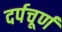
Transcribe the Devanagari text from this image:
दर्पचूर्ण